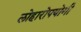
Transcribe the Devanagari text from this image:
लोहारोपयोगी